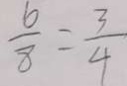
\frac { 6 } { 8 } = \frac { 3 } { 4 }